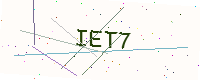
Text: IET7